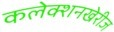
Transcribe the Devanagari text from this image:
कलेक्शनखेरीज